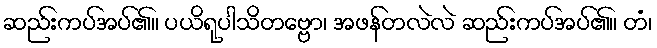
ဆည်းကပ်အပ်၏။ ပယိရုပါသိတဗ္ဗော၊ အဖန်တလဲလဲ ဆည်းကပ်အပ်၏။ တံ၊